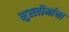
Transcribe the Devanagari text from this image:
मुस्लीमांना